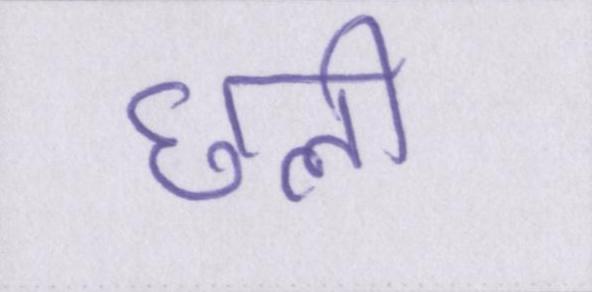
छली